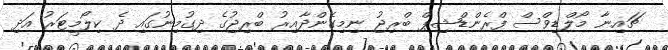
ޗައިނާ މޯލްޑިވްސް ފްރެންޑްޝިޕް ބްރިޖު ނިމިގެންދާއިރު ބްރިޖުގެ ދިގުމިނުގައި ދެ ކިލޯމީޓަރު އަދި